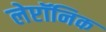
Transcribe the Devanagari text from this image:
लेप्टॉनिक